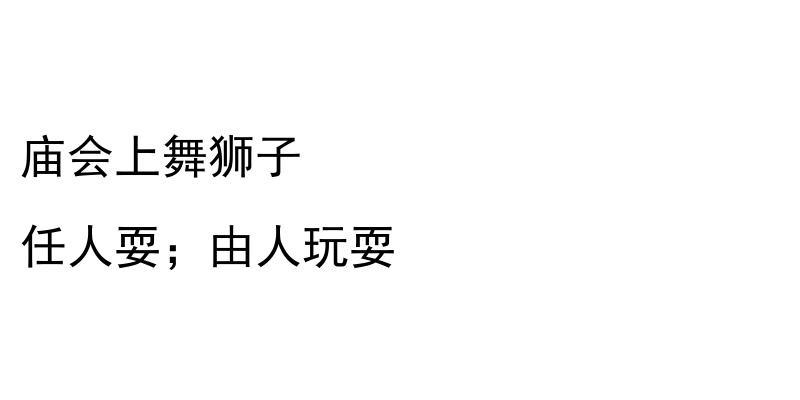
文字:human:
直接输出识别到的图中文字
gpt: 庙会上舞狮子 任人耍；由人玩耍